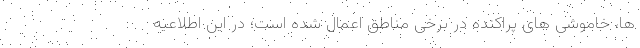
ها، خاموشی های پراکنده در برخی مناطق اعمال شده است؛ در این اطلاعیه